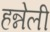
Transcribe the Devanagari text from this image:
हन्नेली